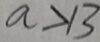
a > 1 3